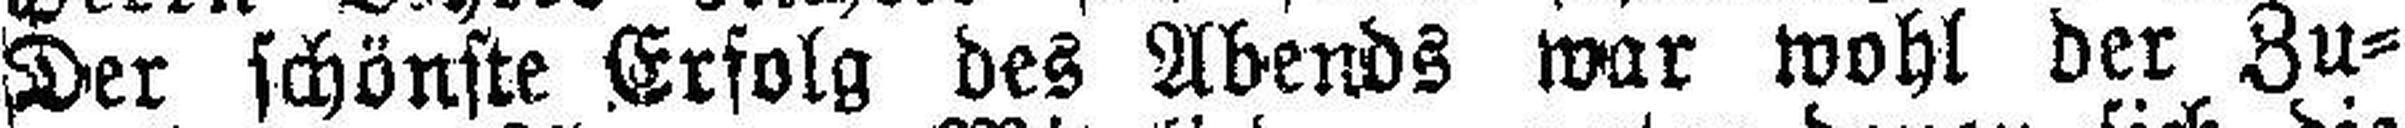
Der schönste Erfolg des Abends war Wohl der Zu¬